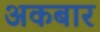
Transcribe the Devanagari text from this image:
अकबार